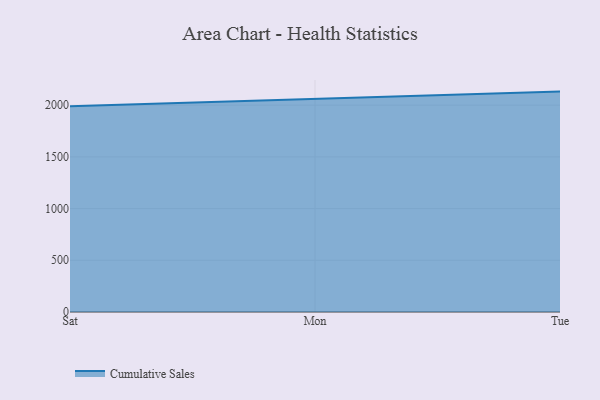
{"axis": {"x": "Day", "y": "Headcount"}, "legend": ["Cumulative Sales"], "data": [{"x": "Sat", "y": 1990.0, "type": "Cumulative Sales"}, {"x": "Mon", "y": 2058.1, "type": "Cumulative Sales"}, {"x": "Tue", "y": 2131.2, "type": "Cumulative Sales"}]}